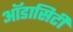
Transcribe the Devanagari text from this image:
ऑडासिटी